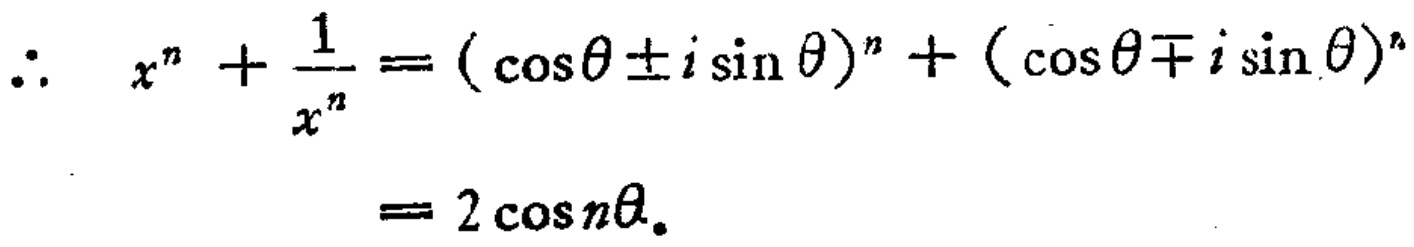
\(\therefore\ x^{n}+\frac{1}{x^{n}}=(\cos\theta\pm i\sin\theta)^{n}+(\cos\theta\mp i\sin\theta)^{n}=2\cos n\theta\)